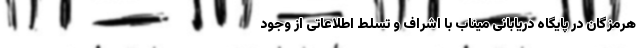
هرمزگان در پایگاه دریابانی میناب با اشراف و تسلط اطلاعاتی از وجود